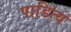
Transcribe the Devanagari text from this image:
पाडित्य